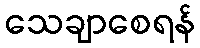
သေချာစေရန်